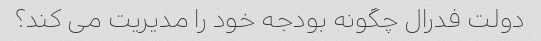
دولت فدرال چگونه بودجه خود را مدیریت می کند؟